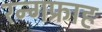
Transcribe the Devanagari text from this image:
रन्गफ्राह